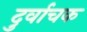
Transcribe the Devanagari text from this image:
दुर्वाचक